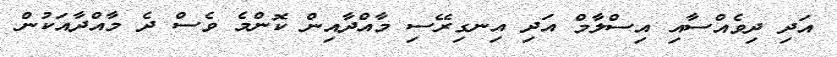
އަދި ދިވެއްސާއި އިސްލާމް އަދި އިނގިރޭސި މާއްދާއިން ކޮންމެ ވެސް ދެ މާއްދާއަކުން